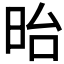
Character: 𣅿